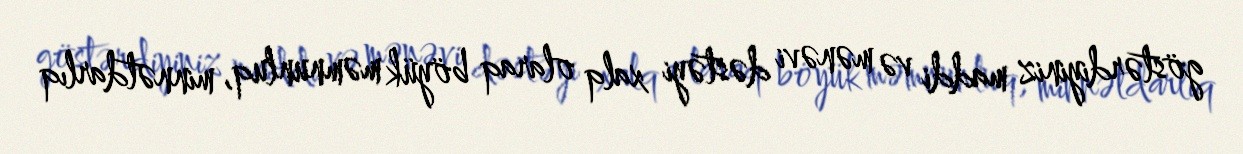
göstərdiyiniz maddi və mənəvi dəstəyi xalq olaraq böyük məmnunluq, minnətdarlıq